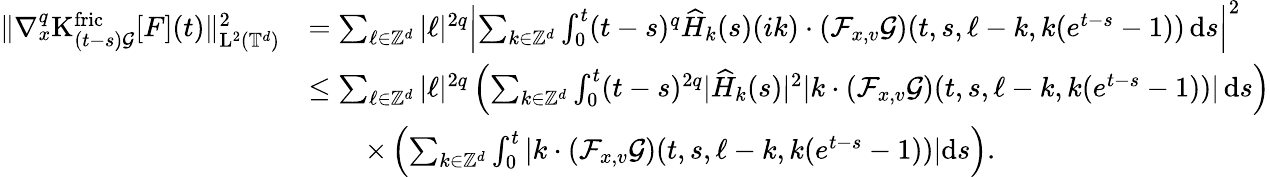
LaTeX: \begin{array}{rl}{\Vert\nabla_{x}^{q}\mathrm{K}_{(t-s)\mathcal{G}}^{\mathrm{fric}}[F](t)\Vert_{\mathrm{L}^{2}(\mathbb T^{d})}^{2}}&{=\sum_{\ell\in\mathbb Z^{d}}\vert\ell\vert^{2q}\left\vert\sum_{k\in\mathbb Z^{d}}\int_{0}^{t}(t-s)^{q}\widehat{H}_{k}(s)(ik)\cdot(\mathcal{F}_{x,v}\mathcal{G})(t,s,\ell-k,k(e^{t-s}-1))\, \mathrm{d}s\right\vert^{2}}\\ &{\leq\sum_{\ell\in\mathbb Z^{d}}\vert\ell\vert^{2q}\left(\sum_{k\in\mathbb Z^{d}}\int_{0}^{t}(t-s)^{2q}\vert\widehat{H}_{k}(s)\vert^{2}\vert k\cdot(\mathcal{F}_{x,v}\mathcal{G})(t,s,\ell-k,k(e^{t-s}-1))\vert\, \mathrm{d}s\right)}\\ &{\qquad\times\left(\sum_{k\in\mathbb Z^{d}}\int_{0}^{t}\vert k\cdot(\mathcal{F}_{x,v}\mathcal{G})(t,s,\ell-k,k(e^{t-s}-1))\vert\mathrm{d}s\right).}\end{array}